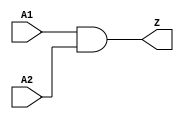
// ================================================================
// NVDLA Open Source Project
// 
// Copyright(c) 2016 - 2017 NVIDIA Corporation.  Licensed under the
// NVDLA Open Hardware License; Check "LICENSE" which comes with 
// this distribution for more information.
// ================================================================


module  PGAOPV_AN2D2PO4 (
	 A1
	,A2
	,Z
	);

	//---------------------------------------
	//IO DECLARATIONS

input	 A1 ;
input	 A2 ;
output	 Z ;

assign Z = A1 & A2;

endmodule